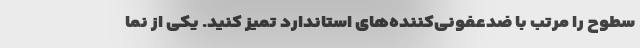
سطوح را مرتب با ضدعفونی‌کننده‌های استاندارد تمیز کنید. یکی از نما